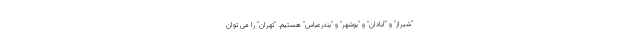
"شیراز" و "آبادان" و "بوشهر" و "بندرعباس" هستیم. "تهران" را می توان